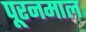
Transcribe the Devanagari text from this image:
पूरनमाल